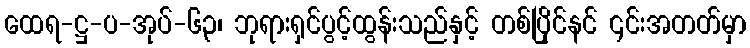
ထေရ-ဋ္ဌ-ပ-အုပ်-၆၃၊ ဘုရားရှင်ပွင့်ထွန်းသည်နှင့် တစ်ပြိုင်နင် ၎င်းအတတ်မှာ